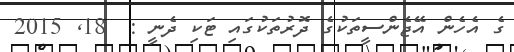
ގެ އެހެން އޭޖެންސީތަކުގެ ދޮރުތަކުގައި ޓަކި ދެނީ :  18